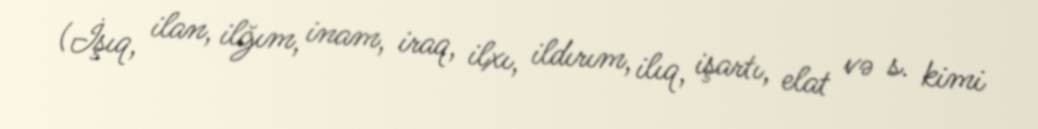
(İşıq, ilan, ilğım, inam, iraq, ilxı, ildırım, ilıq, işartı, elat və s. kimi